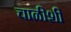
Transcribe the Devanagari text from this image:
चाळीशी